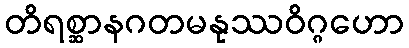
တိရစ္ဆာနဂတမနုဿဝိဂ္ဂဟော